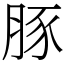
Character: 豚